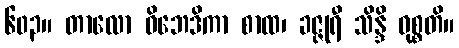
၆၀၃။ တာလော ဝိဘေဒိကာ စာထ၊ ခဇ္ဇုရီ သိန္ဒိ ဝုစ္စတိ။